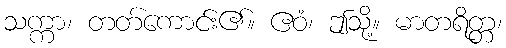
သက္ကာ၊ တတ်ကောင်း၏။ ဧဝံ၊ ဤသို့။ မာတရိတ္တ၊